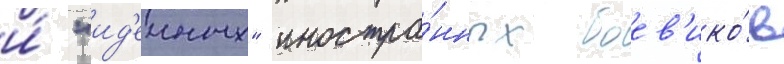
и́ "ид'еиных" иностра́нных боев'ико́в